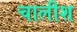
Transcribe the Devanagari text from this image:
चालीश